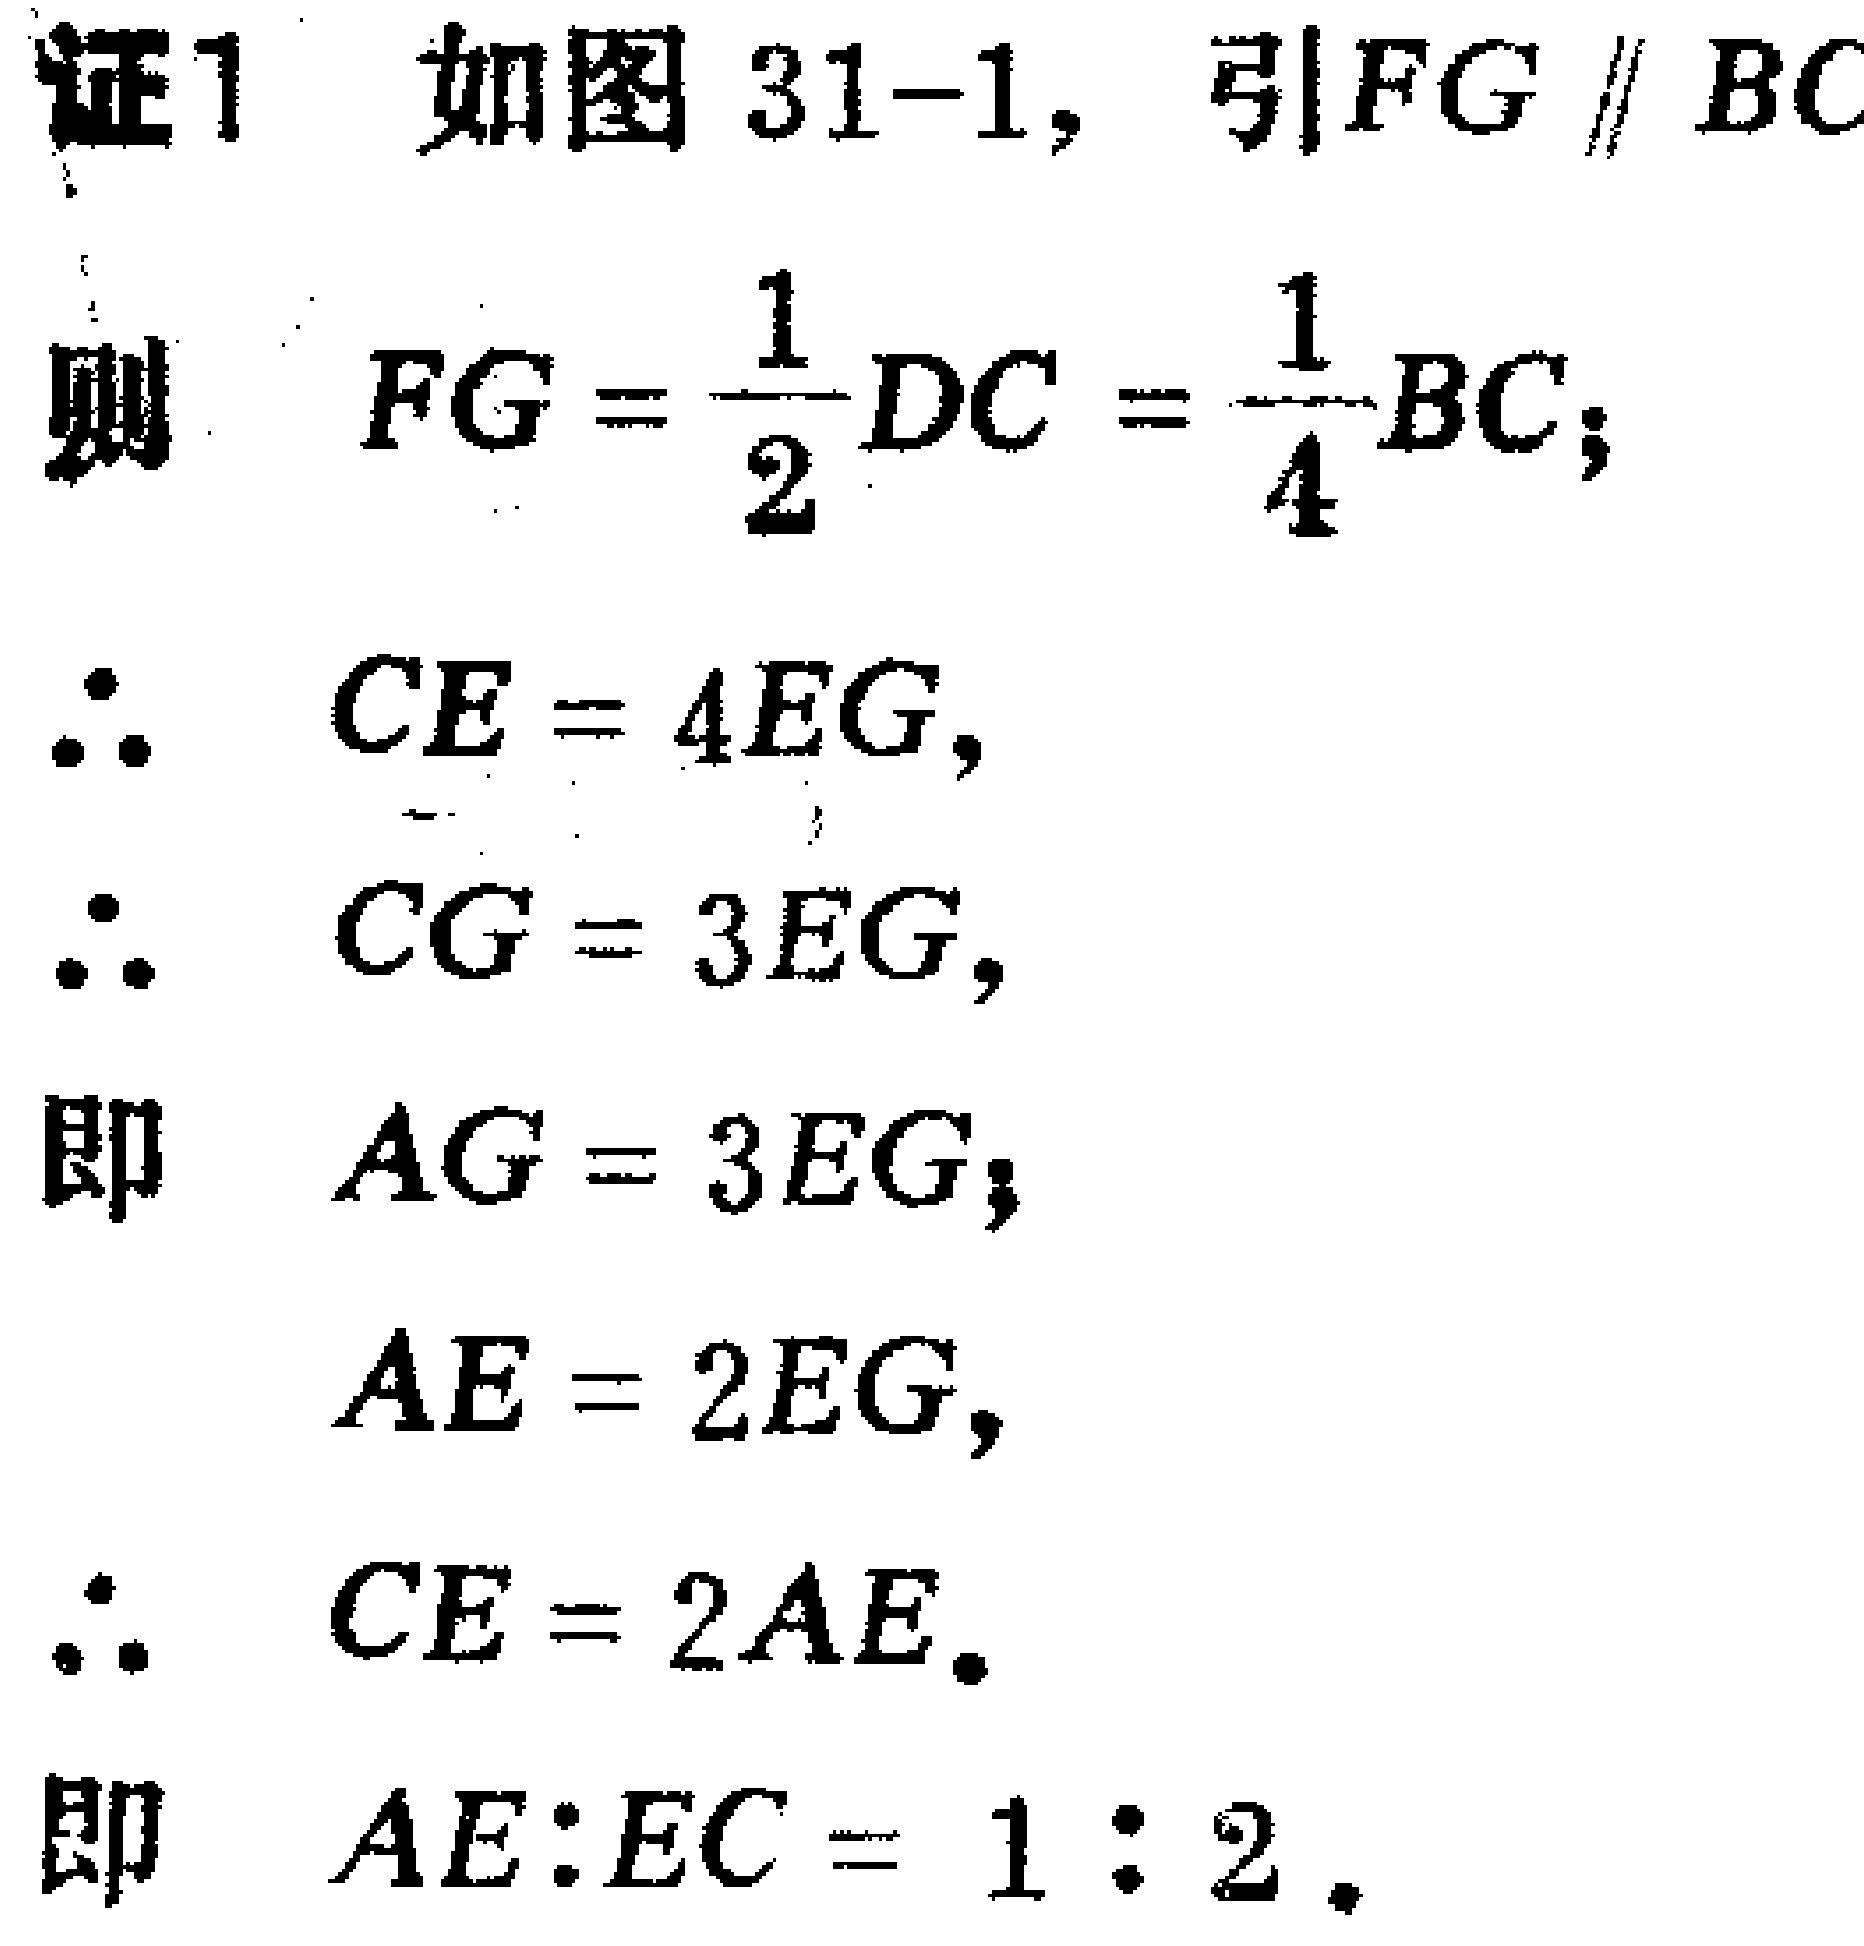
证1 如图31-1，引\(FG \parallel BC\)

则 \(FG = \frac{1}{2}DC = \frac{1}{4}BC\)；

\(\therefore\) \(CE = 4EG\)，

\(\therefore\) \(CG = 3EG\)，

即 \(AG = 3EG\)；

\(AE = 2EG\)，

\(\therefore\) \(CE = 2AE\)。

即 \(AE:EC = 1:2\)。